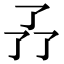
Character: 𠄕